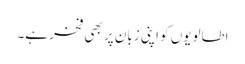
اطالویوں کو اپنی زبان پر بھی فخر ہے۔